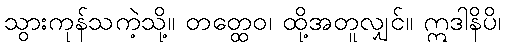
သွားကုန်သကဲ့သို့။ တတ္ထေဝ၊ ထို့အတူလျှင်။ ဣဒါနိပိ၊